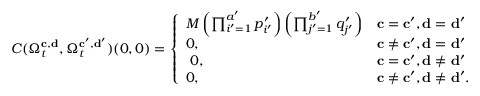
\begin{array} { r } { C ( \Omega _ { t } ^ { \mathbf { c } , \mathbf { d } } , \Omega _ { t } ^ { \mathbf { c } ^ { \prime } , \mathbf { d } ^ { \prime } } ) ( 0 , 0 ) = \left\{ \begin{array} { l l } { M \left( \prod _ { i ^ { \prime } = 1 } ^ { a ^ { \prime } } p _ { i ^ { \prime } } ^ { \prime } \right) \left( \prod _ { j ^ { \prime } = 1 } ^ { b ^ { \prime } } q _ { j ^ { \prime } } ^ { \prime } \right) } & { { \mathbf { c } } = { \mathbf { c } } ^ { \prime } , { \mathbf { d } } = { \mathbf { d } } ^ { \prime } } \\ { 0 , } & { { \mathbf { c } } \neq { \mathbf { c } } ^ { \prime } , { \mathbf { d } } = { \mathbf { d } } ^ { \prime } } \\ { \ 0 , } & { { \mathbf { c } } = { \mathbf { c } } ^ { \prime } , { \mathbf { d } } \neq { \mathbf { d } } ^ { \prime } } \\ { 0 , } & { { \mathbf { c } } \neq { \mathbf { c } } ^ { \prime } , { \mathbf { d } } \neq { \mathbf { d } } ^ { \prime } . } \end{array} \right. } \end{array}